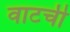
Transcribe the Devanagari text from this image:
वाटची